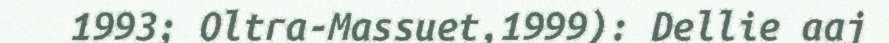
1993; Oltra-Massuet,1999): Dellie aaj